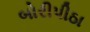
બોરીપીઠા